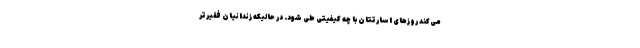
می‌کند روز‌های اسارتتان با چه کیفیتی طی شود. در حالیکه زندانیان فقیرتر